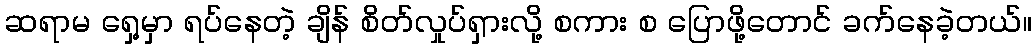
ဆရာမ ရှေ့မှာ ရပ်နေတဲ့ ချိန် စိတ်လှုပ်ရှားလို့ စကား စ ပြောဖို့တောင် ခက်နေခဲ့တယ်။